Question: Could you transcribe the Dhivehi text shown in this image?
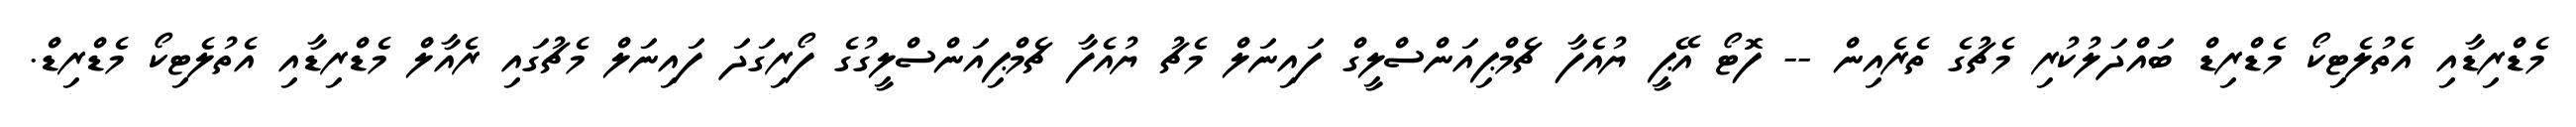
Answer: މެޑްރިޑާއި އެތުލެޓިކޯ މެޑްރިޑް ބައްދަލުކުރި މެޗުގެ ތެރެއިން -- ފޮޓޯ އޭޕީ ޔުއެފާ ޗެމްޕިއަންސްލީގް ފައިނަލް މެޗު ޔުއެފާ ޗެމްޕިއަންސްލީގުގެ ފޯރިގަދަ ފައިނަލް މެޗުގައި ރެއާލް މެޑްރިޑާއި އެތުލެޓިކޯ މެޑްރިޑް.